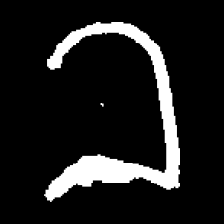
Pyu character \u2014 Myanmar letter: ခ (romanized: kha)